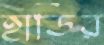
হার্ডির